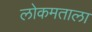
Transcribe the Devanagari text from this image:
लोकमताला